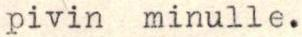
pivin minulle.